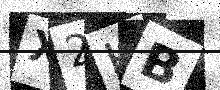
Text: X2HB